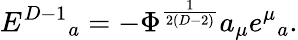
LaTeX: E^{D-1}{}_{a}=-\Phi^{\frac{1}{2(D-2)}}a_{\mu}e^{\mu}{}_{a}.